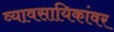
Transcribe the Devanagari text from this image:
व्यावसायिकांवर